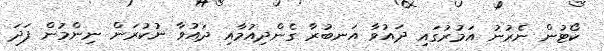
ކޯޓުން ނެރުނު އަމުރުގައި ދައުވާ އަނބުރާ ގެންދިއުމާއި ދައުވާ ނުކުރަން ނިންމުން ފަދަ